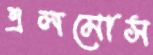
এলমোস